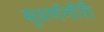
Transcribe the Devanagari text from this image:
सुवर्णगौरी